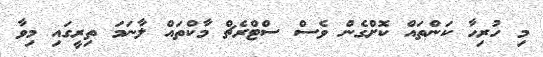
މި ހުރިހާ ކަންތައް ކޮށްގެން ވެސް ސްޓްރެޗް މާކްތައް ލާނަމަ ތިރީގައި މިވާ